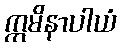
ဣမိနာပါယံ